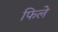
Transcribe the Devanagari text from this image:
फिले